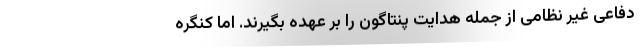
دفاعی غیر نظامی از جمله هدایت پنتاگون را بر عهده بگیرند. اما کنگره